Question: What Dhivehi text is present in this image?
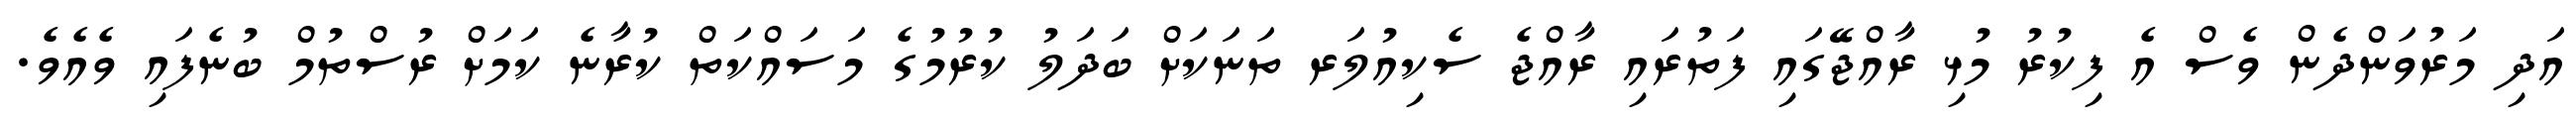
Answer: އަދި މަރުވަންދެން ވެސް އެ ފިކުރު މުޅި ރާއްޖޭގައި ފަތުރައި ރާއްޖެ ސެކިއުލަރ ތަނަކަށް ބަދަލު ކުރުމުގެ މަސައްކަތް ކުރާނެ ކަމަށް ރުސްތުމް ބުނެފައި ވެއެވެ.